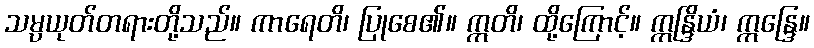
သမ္ပယုတ်တရားတို့သည်။ ကာရေတိ၊ ပြုစေ၏။ ဣတိ၊ ထို့ကြောင့်။ ဣန္ဒြိယံ၊ ဣန္ဒြေ။